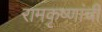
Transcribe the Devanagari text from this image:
रामकृष्णांची